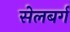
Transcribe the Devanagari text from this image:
सेलबर्ग